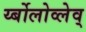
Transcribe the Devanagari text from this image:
र्य्बोलोव्लेव्